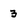
Character: 3